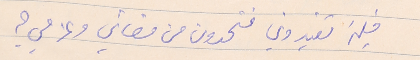
فلن تفيدوني فتحدون من مضائي وعزمي؟